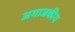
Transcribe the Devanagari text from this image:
अयाजकीय